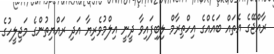
ރާއްޖޭގެ އެތައް ބައެއްގެ އިހްތިރާމް ލިބިފައިވާ ދީނީ އިލްމުވެރިޔާ އަދި ރައްޔިތުންގެ މަޖިލީހުގެ